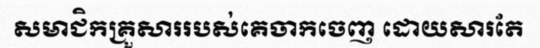
សមាជិកគ្រួសាររបស់គេចាកចេញ ដោយសារតែ